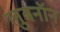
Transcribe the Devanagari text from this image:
लुबनॉन